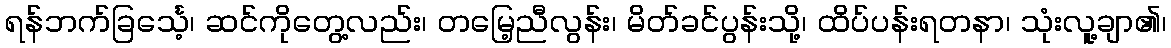
ရန်ဘက်ခြင်္သေ့၊ ဆင်ကိုတွေ့လည်း၊ တမြေ့ညီလွန်း၊ မိတ်ခင်ပွန်းသို့၊ ထိပ်ပန်းရတနာ၊ သုံးလူ့ချာ၏၊